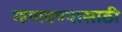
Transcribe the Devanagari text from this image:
म्हणवण्यासाठी